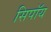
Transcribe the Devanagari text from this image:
सिपॉय